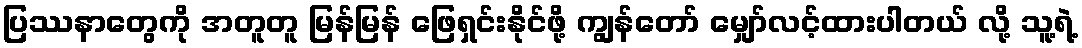
ပြဿနာတွေကို အတူတူ မြန်မြန် ဖြေရှင်းနိုင်ဖို့ ကျွန်တော် မျှော်လင့်ထားပါတယ် လို့ သူ့ရဲ့